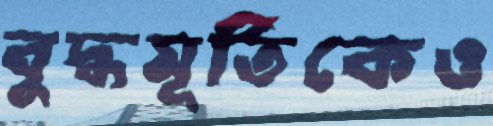
বুদ্ধমূর্তিকেও